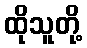
ထိုသူတို့